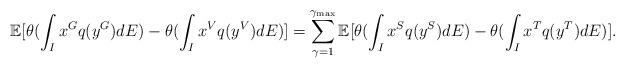
LaTeX: \begin{align*}\mathbb{E}[\theta(\int_I x^G q(y^G)dE)-\theta(\int_I x^V q(y^V)dE)]=\sum_{\gamma=1}^{\gamma_{\max}}\mathbb{E}[\theta(\int_I x^{S} q(y^{S})dE)-\theta(\int_I x^{T} q(y^{T})dE)].\end{align*}